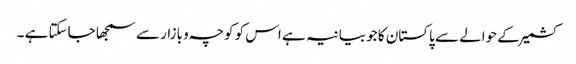
کشمیر کے حوالے سے پاکستان کا جو بیانیہ ہے اس کو کوچہ و بازار سے سمجھا جاسکتا ہے ۔